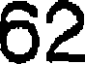
62